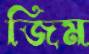
জিম